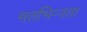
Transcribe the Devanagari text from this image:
मतभिन्‍नता